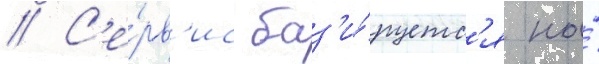
// С'е́рв'ис баз'и́руетс'я на́